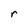
Character: r